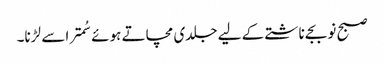
صبح نو بجے ناشتے کے لیے جلدی مچاتے ہوئے سُمترا سے لڑنا۔